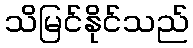
သိမြင်နိုင်သည်